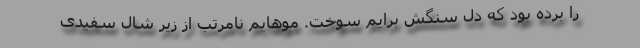
را برده بود که دل سنگش برایم سوخت. موهایم نامرتب از زیر شال سفیدی